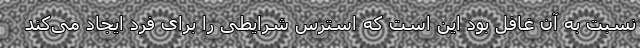
نسبت به آن غافل بود این است که استرس شرایطی را برای فرد ایجاد می‌کند